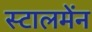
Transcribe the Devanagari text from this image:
स्टालमेंन